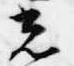
光